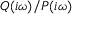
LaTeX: Q ( i \omega ) / P ( i \omega )